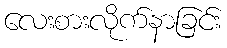
လေးစားလိုက်နာခြင်း